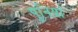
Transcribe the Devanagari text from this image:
पुनियां